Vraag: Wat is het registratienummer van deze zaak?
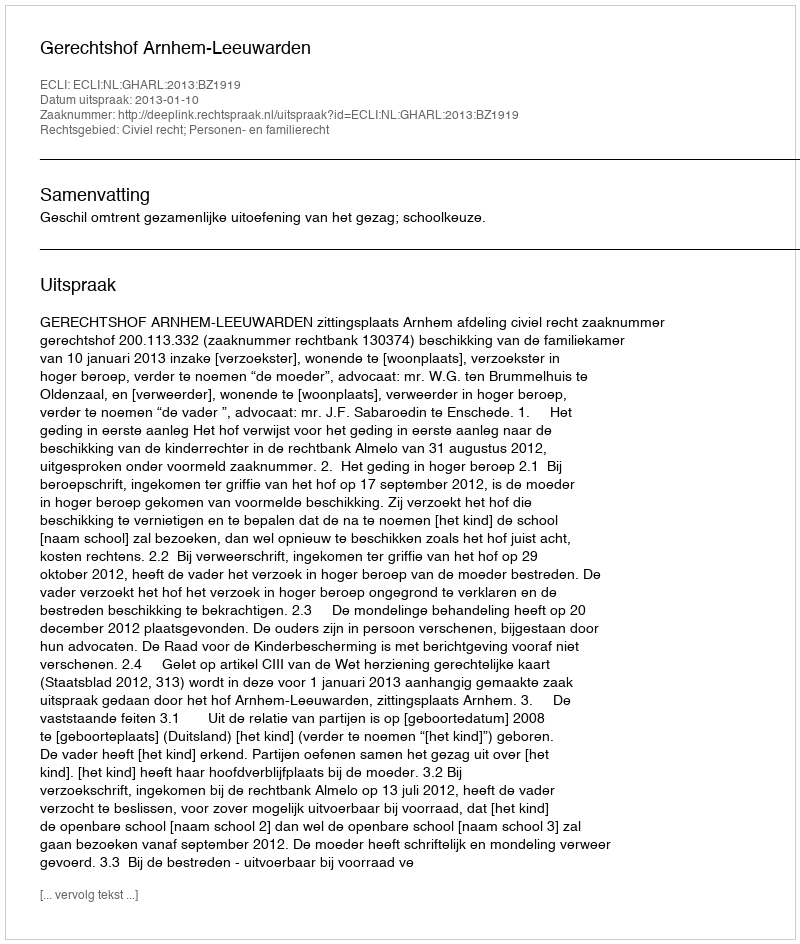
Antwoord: http://deeplink.rechtspraak.nl/uitspraak?id=ECLI:NL:GHARL:2013:BZ1919